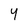
Character: Y